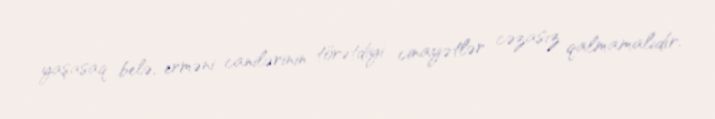
yaşasaq belə, erməni canilərinin törətdiyi cinayətlər cəzasız qalmamalıdır.